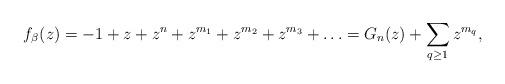
LaTeX: \begin{align*}f_{\beta}(z) = -1 + z + z^n + z^{m_1} + z^{m_2}+ z^{m_3} + \ldots = G_{n}(z) +\sum_{q \geq 1} z^{m_q} ,\end{align*}